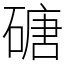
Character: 磄